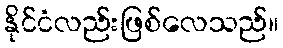
နိုင်ငံလည်းဖြစ်လေသည်။